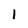
Character: 1